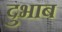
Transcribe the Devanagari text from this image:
दुभाब